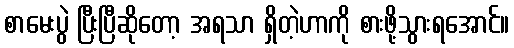
စာမေးပွဲ ပြီးပြီဆိုတော့ အရသာ ရှိတဲ့ဟာကို စားဖို့သွားရအောင်။